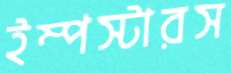
ইম্পস্টারস